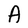
Character: A